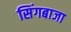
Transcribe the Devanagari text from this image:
सिंगबाजा